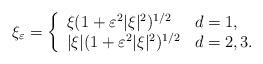
LaTeX: \begin{align*} \xi_\varepsilon=\left\{\begin{array}{ll}\xi(1+\varepsilon^{2}|\xi|^{2})^{1/2} &d=1,\\|\xi|(1+\varepsilon^{2}|\xi|^{2})^{1/2} &d=2, 3.\end{array}\right. \end{align*}